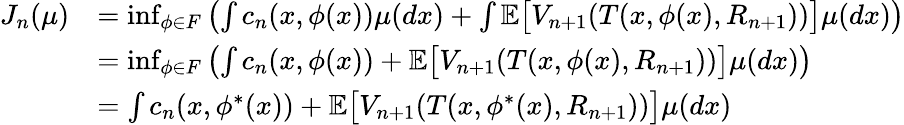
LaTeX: \begin{array}{rl}{J_{n}(\mu)}&{=\operatorname*{inf}_{\phi\in F}\left(\int c_{n}(x,\phi(x))\mu(dx)+\int\mathbb{E}\big[V_{n+1}(T(x,\phi(x),R_{n+1}))\big]\mu(dx)\right)}\\ &{=\operatorname*{inf}_{\phi\in F}\left(\int c_{n}(x,\phi(x))+\mathbb{E}\big[V_{n+1}(T(x,\phi(x),R_{n+1}))\big]\mu(dx)\right)}\\ &{=\int c_{n}(x,\phi^{*}(x))+\mathbb{E}\big[V_{n+1}(T(x,\phi^{*}(x),R_{n+1}))\big]\mu(dx)}\end{array}